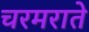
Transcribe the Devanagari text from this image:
चरमराते